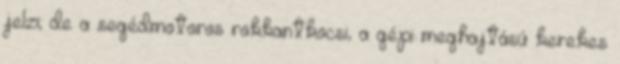
jelzi; de a segédmotoros rokkantkocsi, a gépi meghajtású kerekes